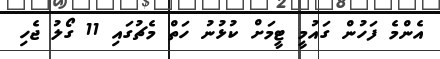
އެންމެ ފަހުން ގައުމީ ޓީމަށް ކުޅުނު ހަތް މެޗުގައި 11 ގޯލު ޖެހި